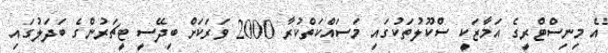
އެ މިނިސްޓްރީގެ އަމާޒަކީ ސްކޫލުތަކުގައި މަސައްކަތްކުރާ 2000 ވަރަކަށް ބިދޭސީ ޓީޗަރުންގެ ބަދަލުގައި